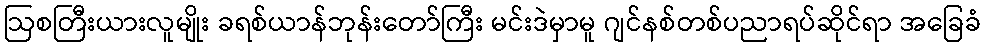
ဩစတြီးယားလူမျိုး ခရစ်ယာန်ဘုန်းတော်ကြီး မင်းဒဲမှာမူ ဂျင်နစ်တစ်ပညာရပ်ဆိုင်ရာ အခြေခံ